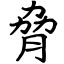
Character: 脅